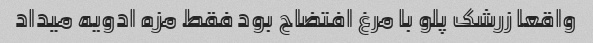
واقعا زرشک پلو با مرغ افتضاح بود فقط مزه ادویه میداد